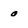
Character: o